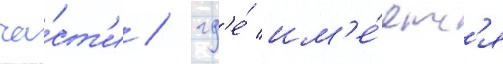
ча́ст'и / гд'е́ им'е́етс'я